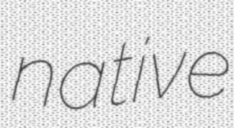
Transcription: native